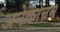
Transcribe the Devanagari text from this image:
अनेकोत्तम